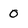
Character: 0